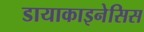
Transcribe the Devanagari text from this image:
डायाकाइनेसिस